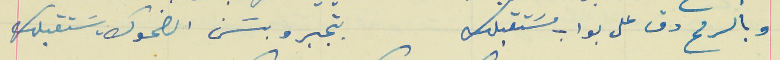
وبالرمح دق على بواب مسَتقبلك                                 بتجبرو بسَن الضحوك يسَتقبلك